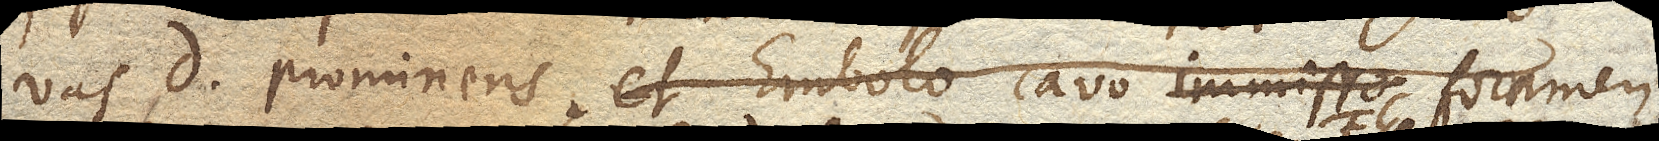
vas D. prominens, et embolo cavo immisso foramen